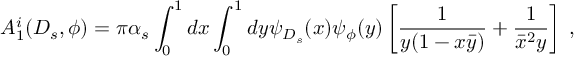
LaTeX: A _ { 1 } ^ { i } ( D _ { s } , \phi ) = \pi \alpha _ { s } \int _ { 0 } ^ { 1 } d x \int _ { 0 } ^ { 1 } d y \psi _ { D _ { s } } ( x ) \psi _ { \phi } ( y ) \left[ \frac { 1 } { y ( 1 - x \bar { y } ) } + \frac { 1 } { \bar { x } ^ { 2 } y } \right] \; ,